Report on enteric fever
Disease focus: Fever
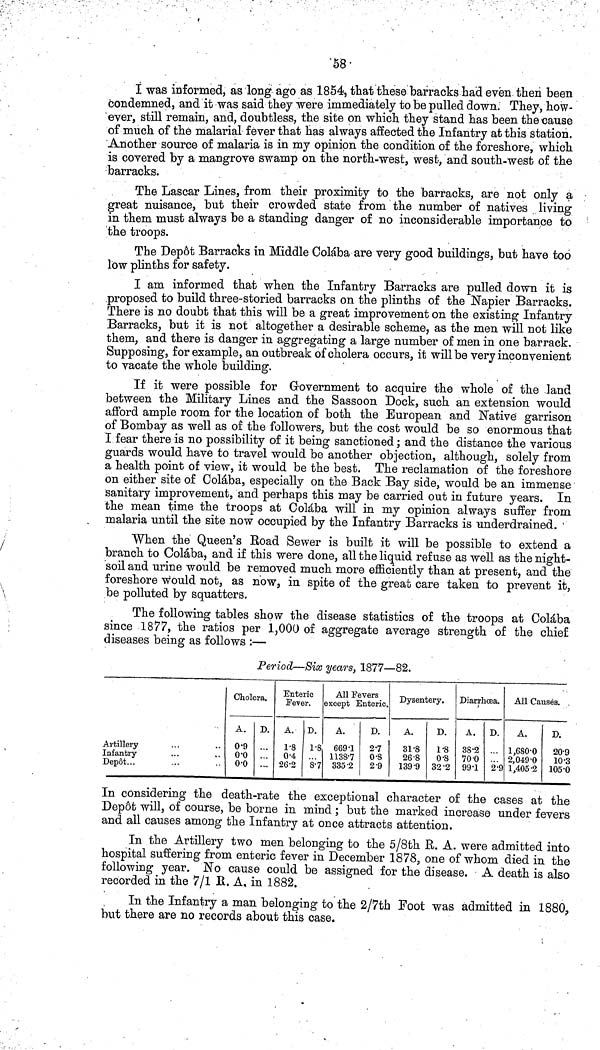
58
I was informed, as long ago as 1854, that these barracks had even then been
condemned, and it was said they were immediately to be pulled down. They, how-
ever, still remain, and, doubtless, the site on which they stand has been the cause
of much of the malarial fever that has always affected the Infantry at this station.
Another source of malaria is in my opinion the condition of the foreshore, which
is covered by a mangrove swamp on the north west, west, and south west of the
barracks.
The Lascar Lines, from their proximity to the barracks, are not only a
great nuisance, but their crowded state from the number of natives living
in them must always be a standing danger of no inconsiderable importance to
the troops.
The Dep6t Barracks in Middle Colába are very good buildings, but have too
low plinths for safety.
I am informed that when the Infantry Barracks are pulled down it is
proposed to build three storied barracks on the plinths of the Napier Barracks.
There is no doubt that this will be a great improvement on the existing Infantry
Barracks, but it is not altogether a desirable scheme, as the men will not like
them, and there is danger in aggregating a large number of men in one barrack.
Supposing, for example, an outbreak of cholera occurs, it will be very inconvenient
to vacate the whole building.
If it were possible for Government to acquire the whole of the land
between the Military Lines and the Sassoon Dock, such an extension would
afford ample room for the location of both the European and Native garrison
of Bombay as well as of the followers, but the cost would be so enormous that
I fear there is no possibility of it being sanctioned; and the distance the various
guards would have to travel would be another objection, although, solely from
a health point of view, it would be the best. The reclamation of the foreshore
on either site of Colába, especially on the Back Bay side, would be an immense
sanitary improvement, and perhaps this may be carried out in future years. In
the mean time the troops at Colába will in my opinion always suffer from
malaria until the site now occupied by the Infantry Barracks is underdrained.
When the Queen's Road Sewer is built it will be possible to extend a
branch to Colába, and if this were done, all the liquid refuse as well as the night
soil and urine would be removed much more efficiently than at present, and the
foreshore would not, as now, in spite of the great care taken to prevent it,
be polluted by squatters.
The following tables show the disease statistics of the troops at Colába
since 1877, the ratios per 1,000 of aggregate average strength of the chief
diseases being as follows :—
Period—Six years, 1877—82.
Artillery
Infantry
Depôt...
Cholera.
A.
0 9
0 0
0 0
D.
Enteric
Fever.
A.
1 8
0 4
26 2
D.
1 8
8 7
All Fevers
except Enteric.
A.
669 1
1138 7
335 2
D.
2 7
0 8
2 9
Dysentery.
A.
31 8
26 8
139 9
D.
1 8
0 8
32 2
Diarrhoea. /
A.
38 2
70 0
99 1
D.
2 9
All Causes.
A.
1,680 0
2,049 0
1,405 2
D.
20 9
10 3
105 0
In considering the death rate the exceptional character of the cases at the
Dep6t will, of course, be borne in mind ; but the marked increase under fevers
and all causes among the Infantry at once attracts attention.
In the Artillery two men belonging to the 5/8th R. A. were admitted into
hospital suffering from enteric fever in December 1878, one of whom died in the
following year. No cause could be assigned for the disease. A death is also
recorded in the 7/1 E. A, in 1882.
In the Infantry a man belonging to the 2/7th Foot was admitted in 1880,
but there are no records about this case.